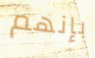
بإنهم